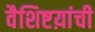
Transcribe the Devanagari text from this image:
वैशिष्टय़ांची